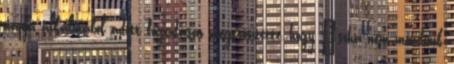
napja alkalmából adott fogadáson megerősítette, hogy "soha nem mondunk